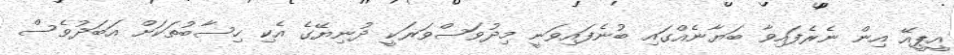
އީޕީއޭ އިން ނެރެފައިވާ ބަޔާނެއްގައި ބުނެފައިވަނީ މިދުވަސްވަރަކީ ދުނިޔޭގެ އެކި ހިސާބުތަކަށް އަބަދުވެސް